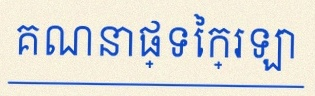
គណនាផ្ទៃក្រឡា